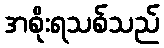
အစိုးရသစ်သည်